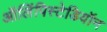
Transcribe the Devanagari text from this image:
ऑलिंपिस्टेडियॉन